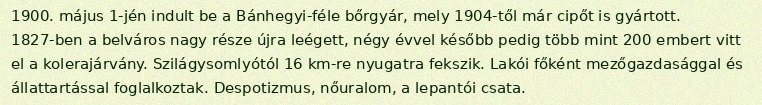
1900. május 1-jén indult be a Bánhegyi-féle bőrgyár, mely 1904-től már cipőt is gyártott. 1827-ben a belváros nagy része újra leégett, négy évvel később pedig több mint 200 embert vitt el a kolerajárvány. Szilágysomlyótól 16 km-re nyugatra fekszik. Lakói főként mezőgazdasággal és állattartással foglalkoztak. Despotizmus, nőuralom, a lepantói csata.